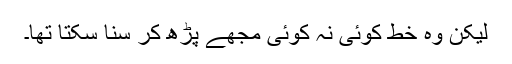
لیکن وہ خط کوئی نہ کوئی مجھے پڑھ کر سنا سکتا تھا۔